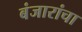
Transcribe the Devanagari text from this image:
बंजारांचा